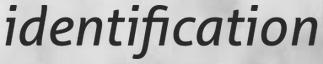
identification